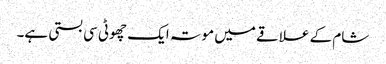
شام کے علاقے میں موتہ ایک چھوٹی سی بستی ہے۔